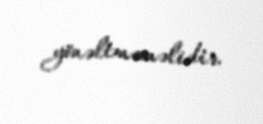
yönəltməməlidir.